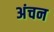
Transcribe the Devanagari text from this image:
अंचन